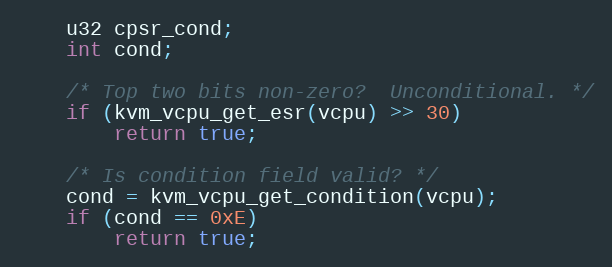
Language: C
	u32 cpsr_cond;
	int cond;

	/* Top two bits non-zero?  Unconditional. */
	if (kvm_vcpu_get_esr(vcpu) >> 30)
		return true;

	/* Is condition field valid? */
	cond = kvm_vcpu_get_condition(vcpu);
	if (cond == 0xE)
		return true;